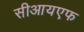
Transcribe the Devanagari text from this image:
सीआयएफ